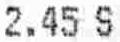
2.45 S